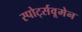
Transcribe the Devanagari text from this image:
स्पोर्ट्सवूमेन